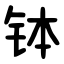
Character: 钵